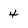
Character: 4